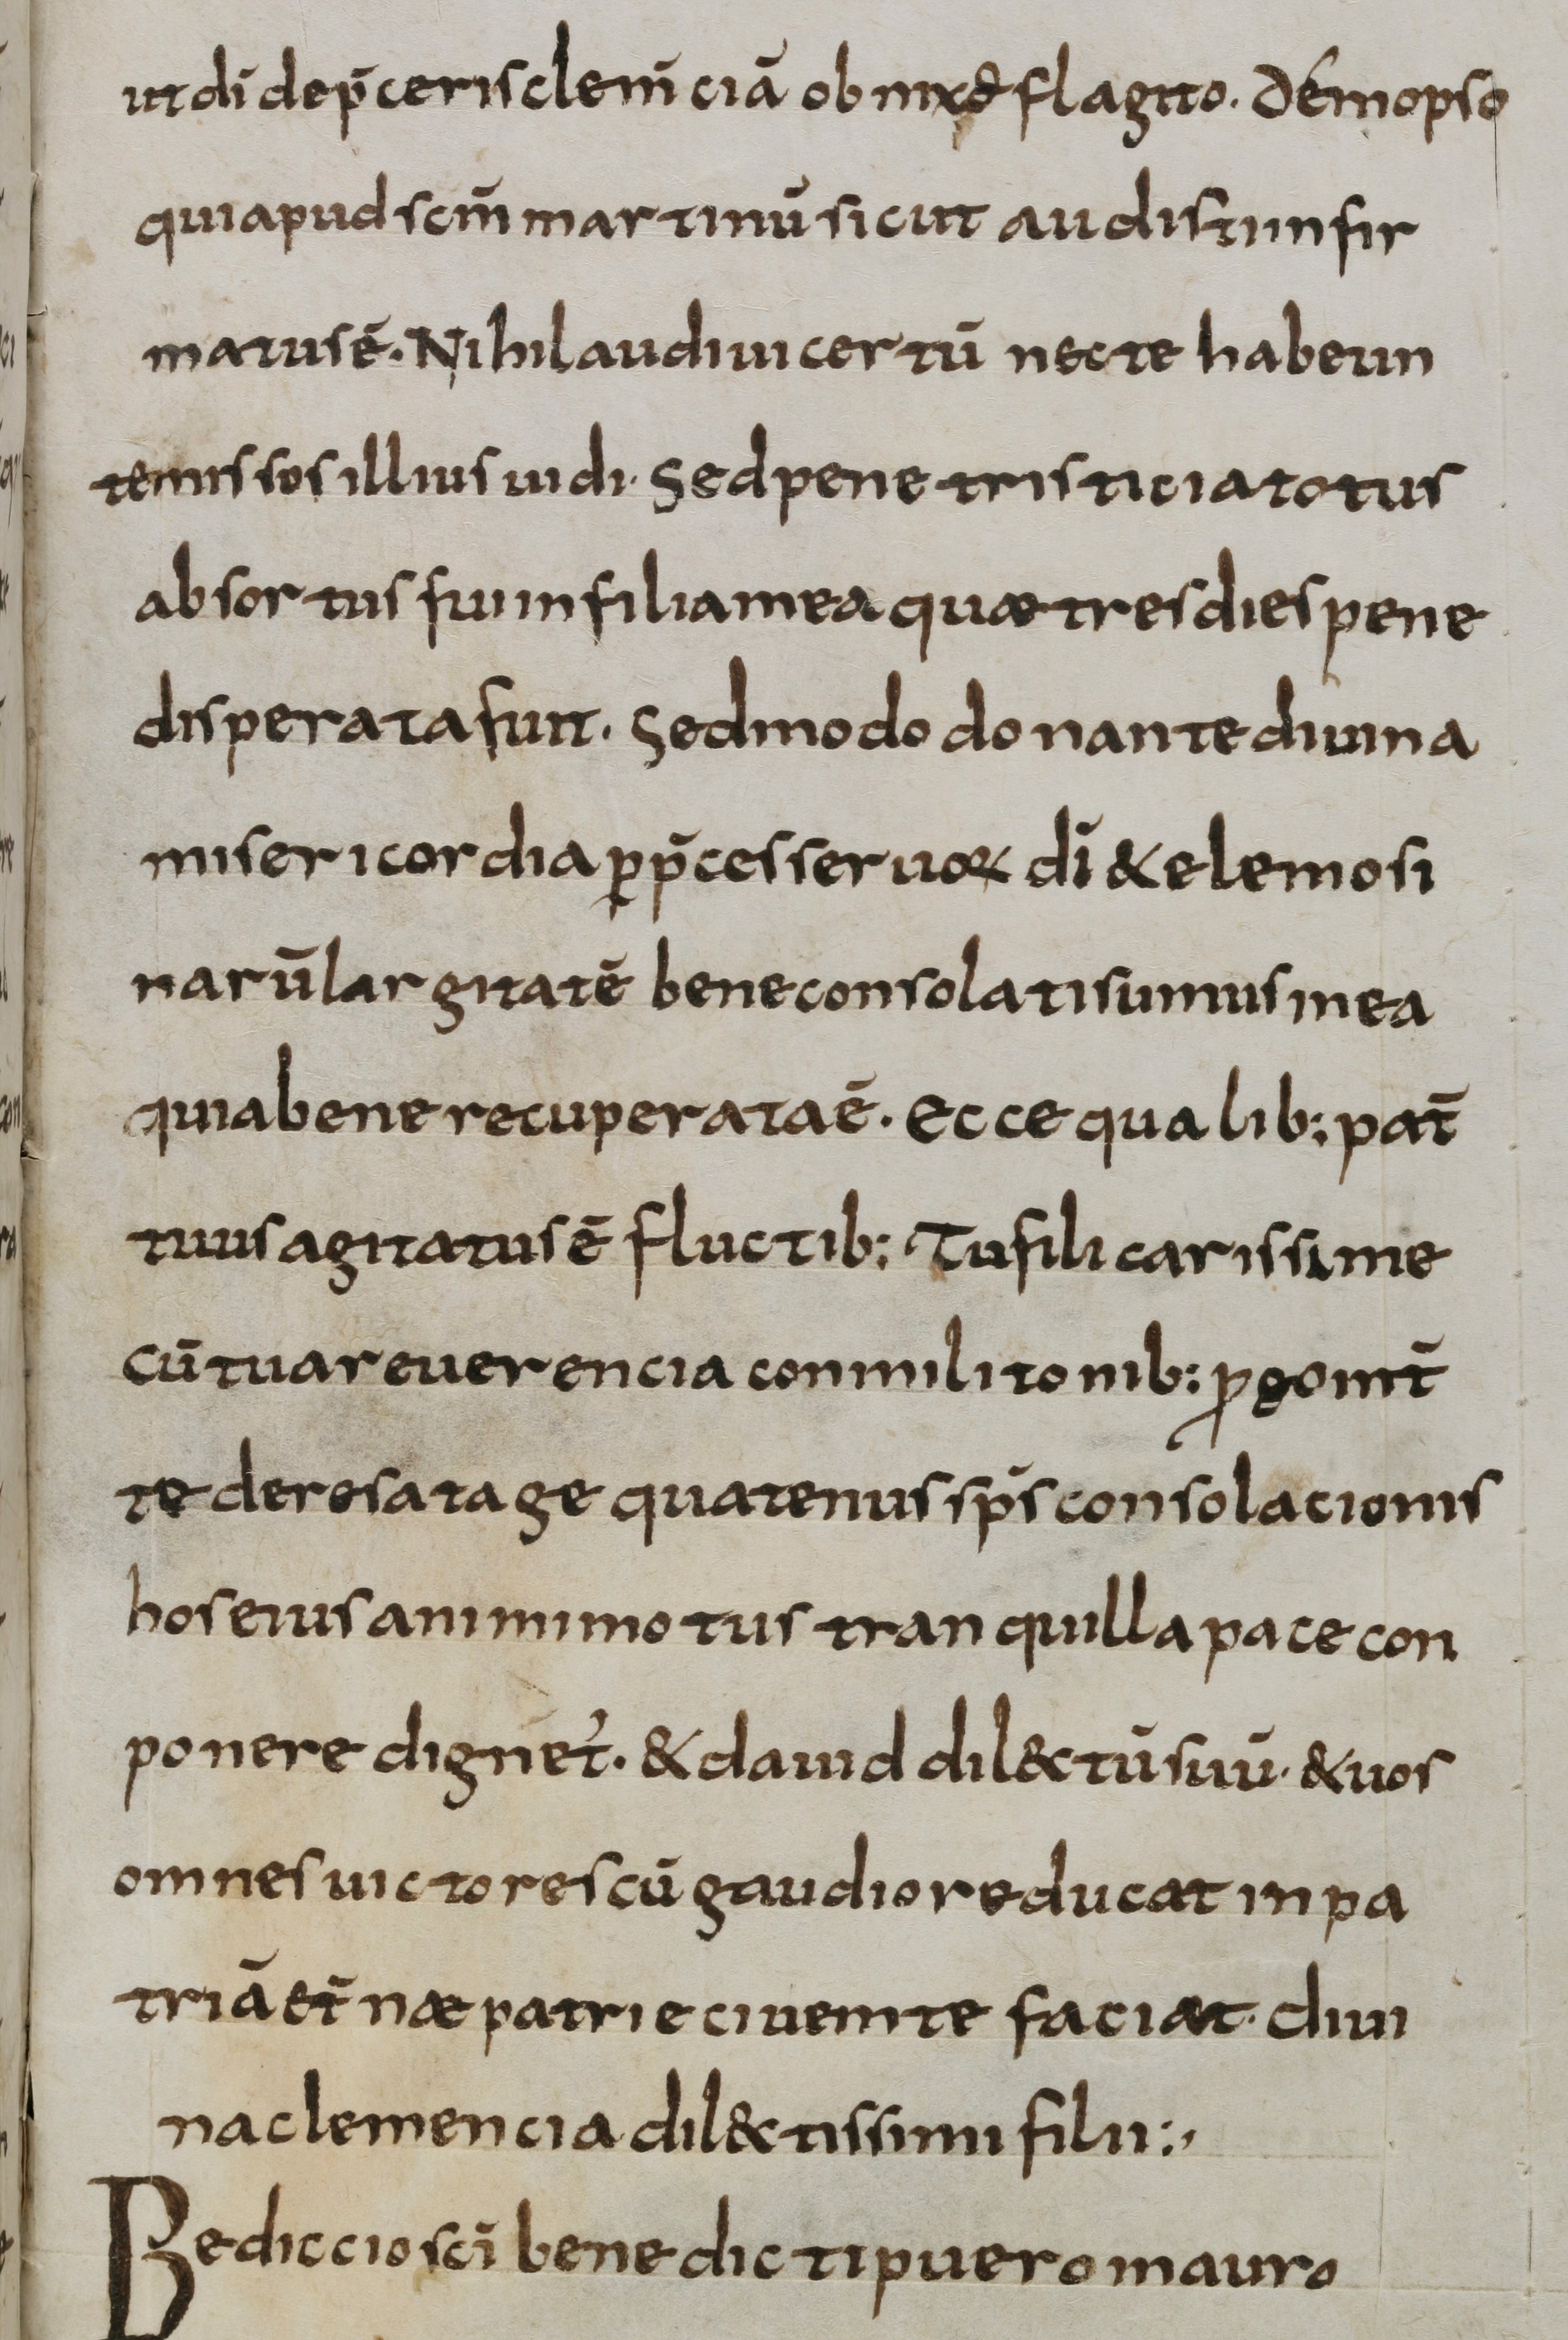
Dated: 800–830